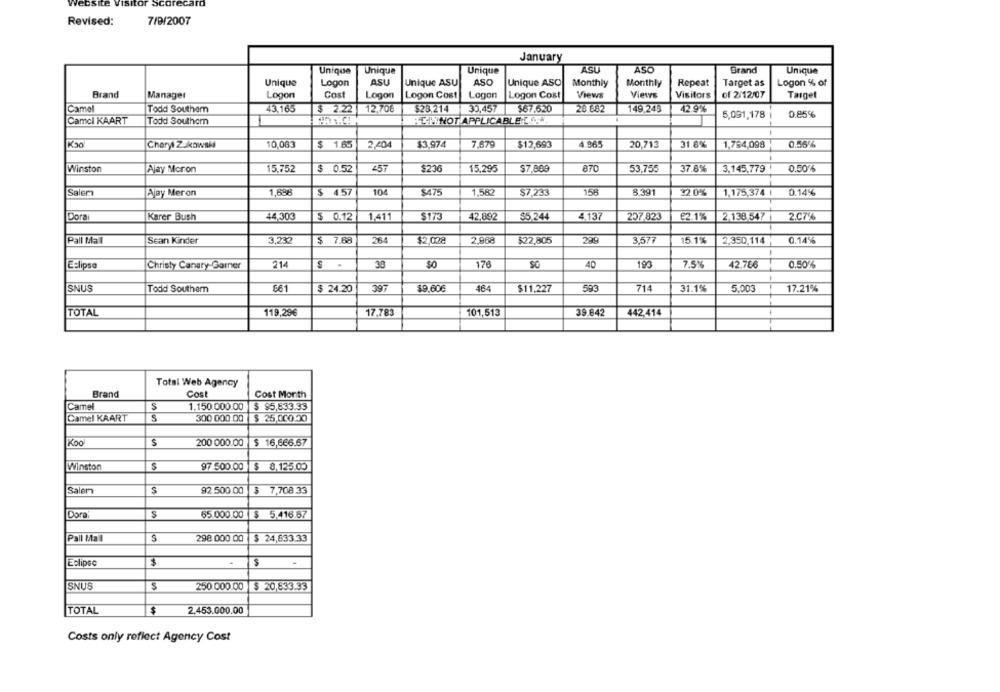
7/9/2007
Revised:
January
ASU
ASO
Brand
Unique
Unique
Unique
Unique
Unique
Logon
ASU
Unique ASU
ASO
Unique ASO
Monthly
Monthly
Repeat
Target as
Logon % of
Brand
Manager
Logon
Cost
Logon
Logon Cost
Logon
Logon Cost
Views
Views
Visitors
of 2/12/07
Taiget
Camel
Todd Southern
43.165
$ 2.22 12,706
$28.214 30,457
$67.520
28 682
149.243
42.9%
5,091,178
0.85%
Camcl KAART
Todd Southcm
THINNOT APPLICABLE LI
Cheryl Zukowski
10,083
$ 1.65
2,404
$3.974
7,679
$12,693
4.965
20,713
31.8%
1,784,098
0.56 %
Winston
Ajay Moron
15.752
$ 0.52
4ST
$236
15,295
$7,809
870
53.755
37.8%
3.145,779
0.50%
Salem
Ajay Meron
1,688
$ 4.57
104
$475
1,582
$7,233
158
8.391
32.0%
1,175,374 1
0.14%
Dora
Karer Bush
44,303
$ 0.12
1,411
$173
42,892
$5.244
4,137
257.823
€2.1%
2.138.547
2.C7'%
Pall Mall
Sean Kinder
3,232
$ 7.88
$2,002
2,968
$22,805
299
3,577
15.1%
2,350,114
0.14%
Eelipse
Christy Canary-Garner
$ .
30
SO
176
SO
40
193
7.5%
42.786
0.50%
SNUS
Todd Southem
$ 24.20
397
$9,60€
464
$11,227
593
714
31.1%
5.003
17.21%
TOTAL
17.783
101,513
39.842
442,414
119,29€
Total Web Agency
Brand
Cost
Cost Morith
Camel
S
1.150.000.00 $ $5,833.33
Camel KAART
S
300 000 00
$ 25,000.50
Koo
S
200 000.00
$ 16,666.67
Winston
97 500.00
$ 8,125.00
Salem
92.500.00
$ 7,708.33
Dora
S
65.000.00
$ 5,416.87
Pall Mall
S
298 000.00
$ 24,633.33
$
.
Eclipse
SNUS
$
250 000.00 $ 20,833.33
$
2.453.000.00
TOTAL
Costs only reflect Agency Cost